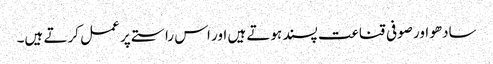
سادھو اور صوفی قناعت پسند ہوتے ہیں اور اس راستے پر عمل کرتے ہیں۔